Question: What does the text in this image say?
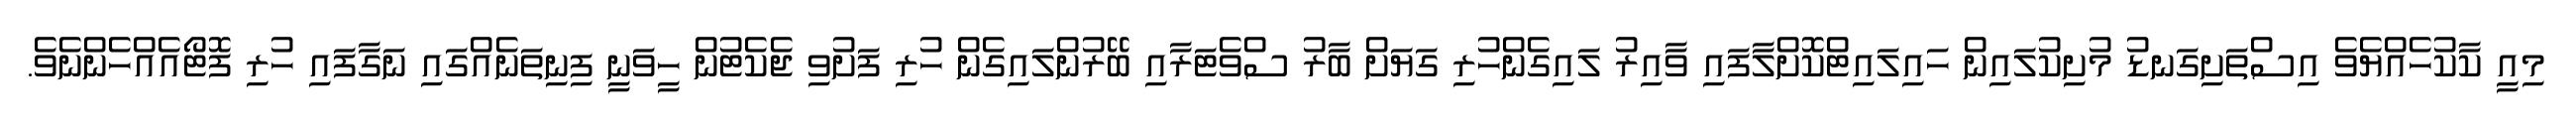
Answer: މިއީ ކާކުހެއްޔެވެ އިސްތަށިގަނޑު މުށިކުލައިން ހައިލައިޓްކޮށްލާފައި ވާއިރު ލައިގެންހުރި ގަޔަށް ބާރު ސްވެޓަރާއި ބޭރުންލައިގެން ހުރި ފަށުވި ޖެކެޓުން ހީވަނީ ފިނިތަނެއްގައި ނަގާފައި ހުރި ފޮޓޯއެއްހެންނެވެ.